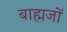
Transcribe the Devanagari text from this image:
बाह्मजों